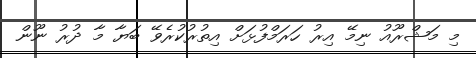
މި މަޝްރޫއު ނިމޭ އިރު ހަރަމްފުޅަށް އިތުރުކުރެވޭ ބަޔާ މާ ދުރު ނޫން